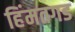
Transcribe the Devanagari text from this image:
हिंमतगड